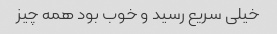
خیلی سریع رسید و خوب بود همه چیز